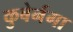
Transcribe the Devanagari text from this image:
कुबेर्नगा